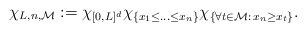
LaTeX: \begin{align*}\chi_{L,n,\mathcal{M}} := \chi_{[0,L]^d}\chi_{\{x_1\leq...\leq x_{n}\}} \chi_{\{\forall t\in\mathcal{M}:\,x_n\geq x_t\}}.\end{align*}